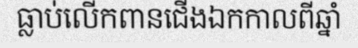
ធ្លាប់លើកពានជើងឯកកាលពីឆ្នាំ